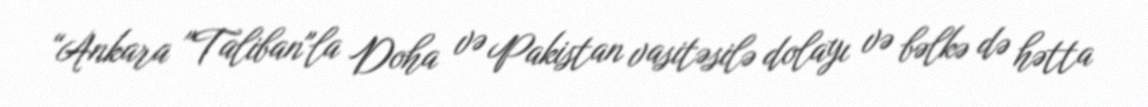
“Ankara "Taliban"la Doha və Pakistan vasitəsilə dolayı və bəlkə də hətta